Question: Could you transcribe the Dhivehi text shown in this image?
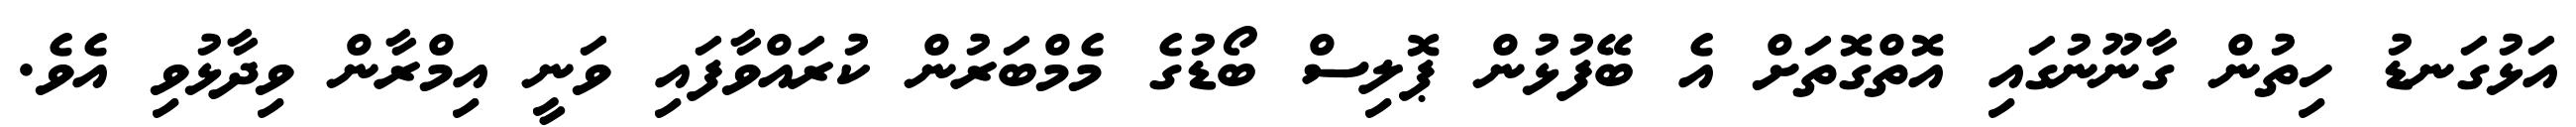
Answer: އަޅުގަނޑު ހިތުން ގާނޫނުގައި އޮތްގޮތަށް އެ ބޭފުޅުން ޕޮލިސް ބޯޑުގެ މެމްބަރުން ކުރައްވާފައި ވަނީ އިމްރާން ވިދާޅުވި އެވެ.